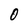
Character: O